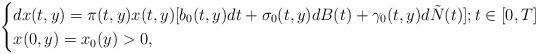
LaTeX: \begin{align*}\begin{cases}dx(t,y)=\pi(t,y)x(t,y)[b_0(t,y)dt+\sigma_0(t,y)dB(t)+ \gamma_0(t,y)d\tilde{N}(t)]; t\in[0, T]\\x(0,y)=x_0(y)>0,\end{cases}\end{align*}